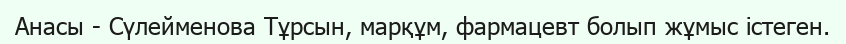
Анасы - Сүлейменова Тұрсын, марқұм, фармацевт болып жұмыс істеген.